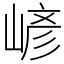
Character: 嵃